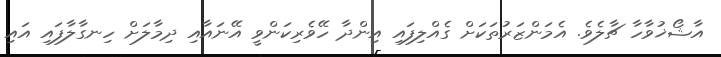
އާޝޯޚުވާހާ ޗާލެވެ. އެމަންޒަރުތަކަށް ގެއްލިފައި އިންދާ ހޭވެރިކަންވީ އޭނައާއި ދިމާލަށް ހިނގާލާފައި އައި